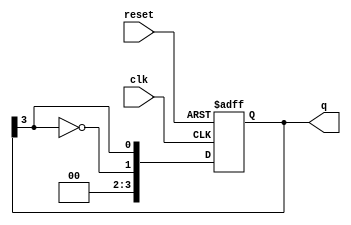
module johnson_counter #(
    parameter N = 4  // Number of flip-flops (can be changed as needed)
) (
    input wire clk,      // Clock signal
    input wire reset,    // Asynchronous reset signal
    output reg [N-1:0] q // Output state of the counter
);

// Johnson counter implementation
always @(posedge clk or posedge reset) begin
    if (reset) begin
        q <= 0; // Reset the counter to 0
    end else begin
        // Shift operation with feedback
        q <= {~q[N-1], q[N-1:N-1]}; // Shift left and feed in inverted last bit
    end
end

endmodule